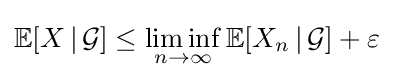
\mathbb {E} [X\,|\,{\mathcal {G}}]\leq \liminf _{n\to \infty }\mathbb {E} [X_{n}\,|\,{\mathcal {G}}]+\varepsilon